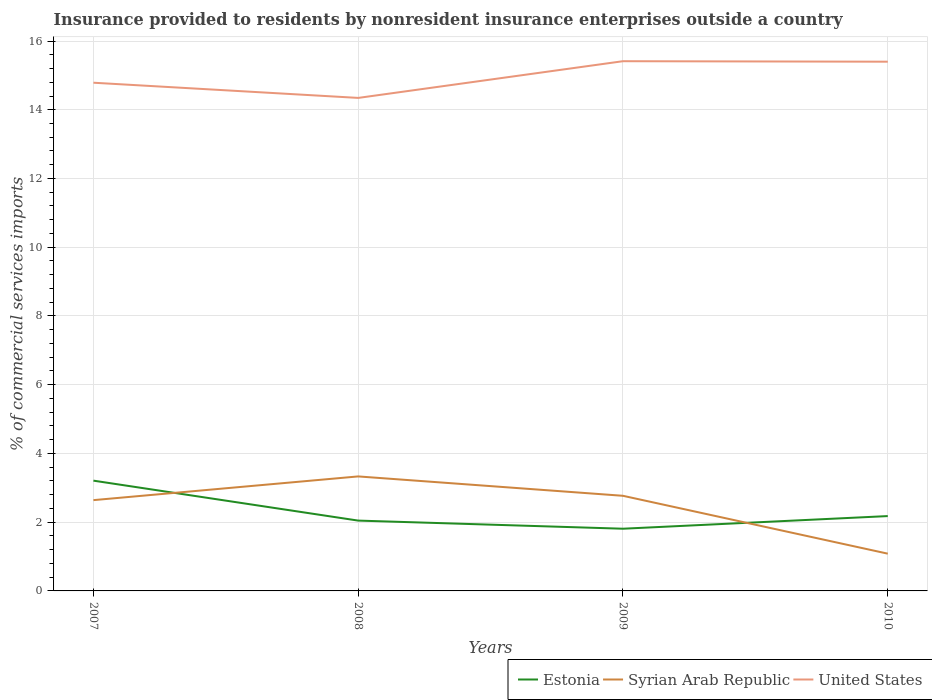
| Years | Estonia | Syrian Arab Republic | United States |
 | --- | --- | --- | --- |
 | 2007 | 3.21 | 2.64 | 14.8 |
 | 2008 | 2.05 | 3.33 | 14.3 |
 | 2009 | 1.81 | 2.77 | 15.4 |
 | 2010 | 2.18 | 1.08 | 15.4 |